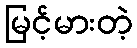
မြင့်မားတဲ့